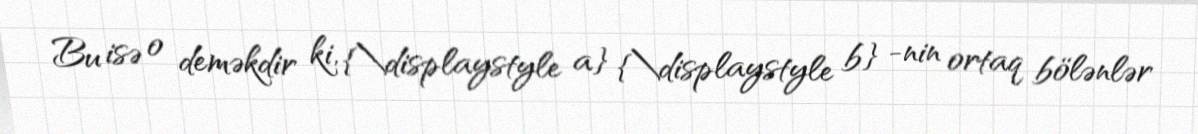
Bu isə o deməkdir ki, {\displaystyle a} {\displaystyle b} -nin ortaq bölənlər